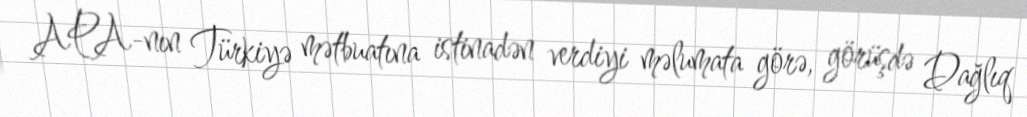
APA-nın Türkiyə mətbuatına istinadən verdiyi məlumata görə, görüşdə Dağlıq